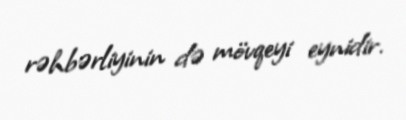
rəhbərliyinin də mövqeyi eynidir.